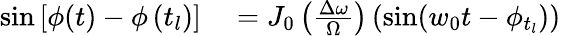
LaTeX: \begin{array}{rl}{\sin\left[\phi(t)-\phi\left(t_{l}\right)\right]}&{{}=J_{0}\left(\frac{\Delta\omega}{\Omega}\right)\left(\sin(w_{0}t-\phi_{t_{l}})\right)}\end{array}